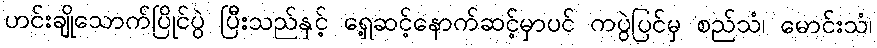
ဟင်းချိုသောက်ပြိုင်ပွဲ ပြီးသည်နှင့် ရှေ့ဆင့်နောက်ဆင့်မှာပင် ကပွဲပြင်မှ စည်သံ၊ မောင်းသံ၊